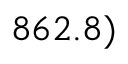
8 6 2 . 8 )